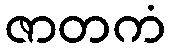
ဇာတကံ